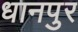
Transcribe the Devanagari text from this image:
धानपुर